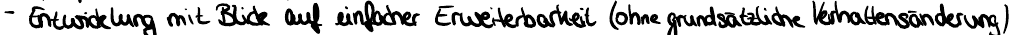
- Entwicklung mit Blick auf einfacher Erweiterbarkeit (ohne grundsätzliche Verhaltensänderung)